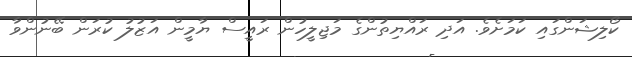
ކޯލިޝަންގައި ކަމަށެވެ. އަދި ރައްޔިތުންގެ މަޖިލީހުން ރައީސް ޔާމީން އަޒުލު ކުރަން ބޭނުންވާ